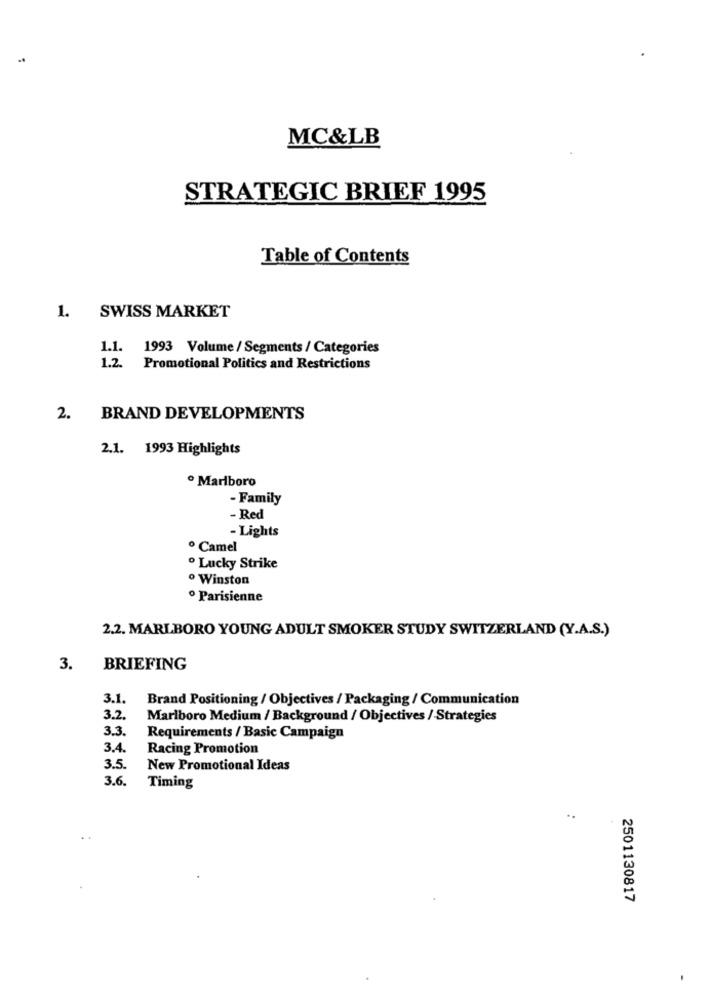
MC&LB
STRATEGIC BRIEF 1995
Table of Contents
1.
SWISS MARKET
1.1.
1993 Volume / Segments / Categories
1.2. Promotional Politics and Restrictions
2.
BRAND DEVELOPMENTS
2.1. 1993 Highlights
· Marlboro
- Family
- Red
- Lights
· Camel
· Lucky Strike
· Winston
· Parisienne
2.2. MARLBORO YOUNG ADULT SMOKER STUDY SWITZERLAND (Y.A.S.)
3.
BRIEFING
3.1.
Brand Positioning / Objectives / Packaging / Communication
3.2.
Marlboro Medium / Background / Objectives / Strategies
3.3.
Requirements / Basic Campaign
3.4.
Racing Promotion
3.5.
New Promotional Ideas
3.6.
Timing
2501130817